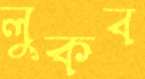
লুকব